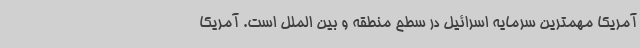
آمریکا مهمترین سرمایه اسرائیل در سطح منطقه و بین الملل است. آمریکا